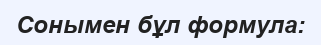
Сонымен бұл формула: